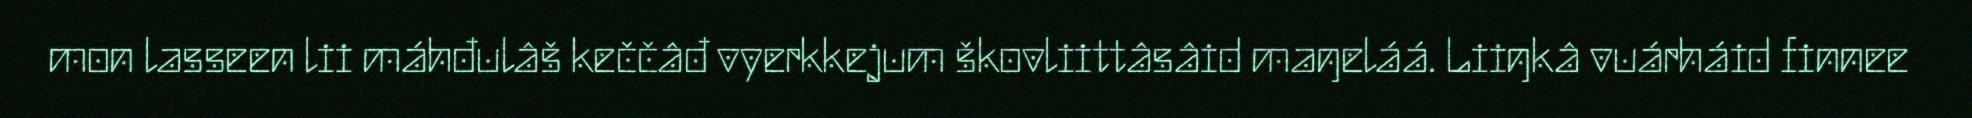
mon lasseen lii máhđulâš keččâđ vyerkkejum škovliittâsâid maŋeláá. Liiŋkâ vuárháid finnee